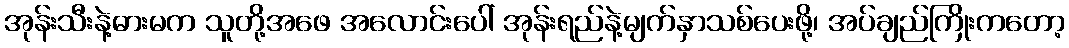
အုန်းသီးနဲ့ဓားမက သူတို့အဖေ အလောင်းပေါ် အုန်းရည်နဲ့မျက်နှာသစ်ပေးဖို့၊ အပ်ချည်ကြိုးကတော့